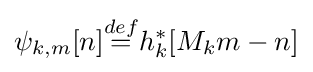
\psi _{k,m}[n]{\stackrel {def}{=}}h_{k}^{*}[M_{k}m-n]